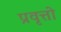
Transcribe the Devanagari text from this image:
प्रवृत्तो